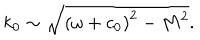
k _ { 0 } \sim \sqrt { \left( \omega + c _ { 0 } \right) ^ { 2 } - M ^ { 2 } } .